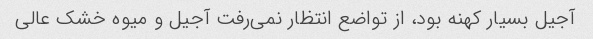
آجیل بسیار کهنه بود، از تواضع انتظار نمی‌رفت آجیل و میوه خشک عالی